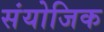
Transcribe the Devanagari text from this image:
संयोजिक